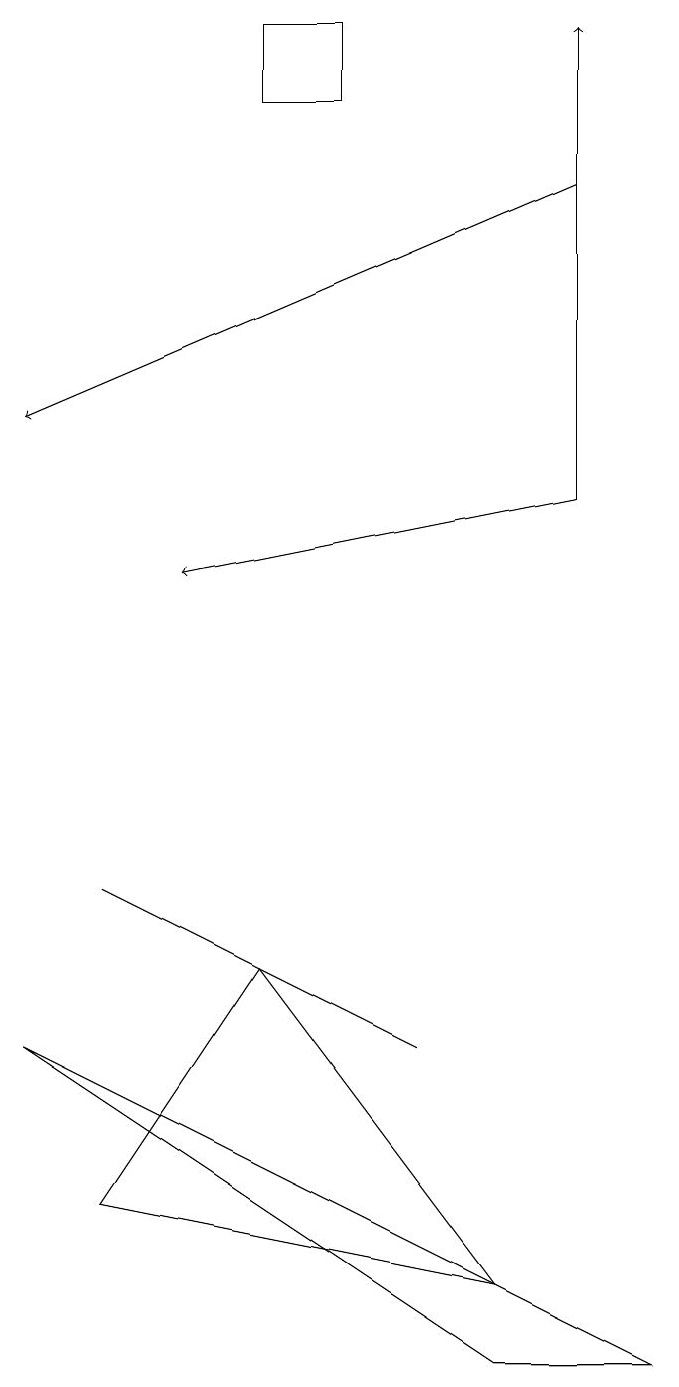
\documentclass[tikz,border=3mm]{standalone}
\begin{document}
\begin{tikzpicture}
\draw[->] (7,15) -- (0,12);
\draw (1,6) -- (5,4) -- (1,6) -- cycle;
\draw[->] (7,11) -- (7,17);
\draw (6,0) -- (8,0) -- (0,4) -- cycle;
\draw[->] (7,11) -- (2,10);
\draw (1,2) -- (6,1) -- (3,5) -- cycle;
\draw (3,17) rectangle (4,16);
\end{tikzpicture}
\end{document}